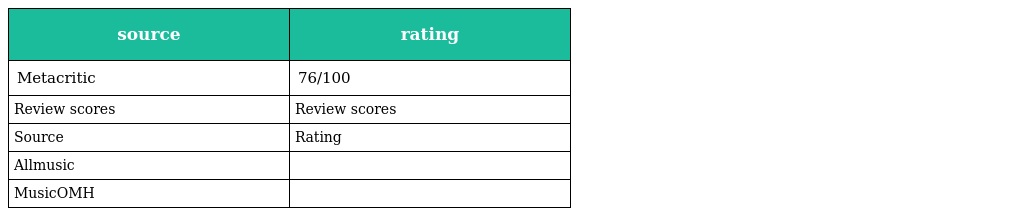
| source | rating |
 | --- | --- |
 | Metacritic | 76/100 |
 | Review scores | Review scores |
 | Source | Rating |
 | Allmusic |  |
 | MusicOMH |  |